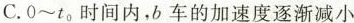
C.0~t_{0}时间内，b车的加速度逐渐减小